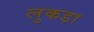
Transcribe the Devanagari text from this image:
लुकडा